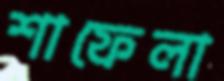
শাফেলা